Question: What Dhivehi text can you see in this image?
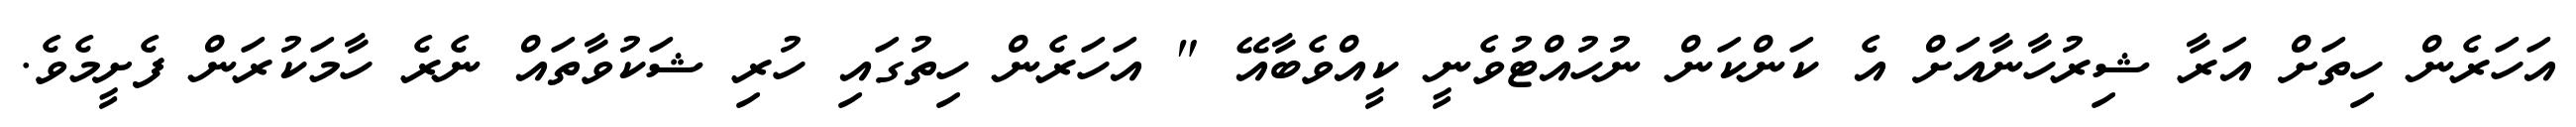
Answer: އަހަރެން ހިތަށް އަރާ ޝިރުހާނާއަށް އެ ކަންކަން ނުހުއްޓުވެނީ ކީއްވެބާއޭ " އަހަރެން ހިތުގައި ހުރި ޝަކުވާތައް ނެރެ ހާމަކުރަން ފެށީމެވެ.